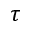
\tau